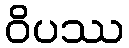
ဝိပဿ